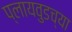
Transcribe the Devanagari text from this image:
प्लायवुडच्या